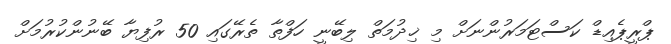
ޕްރީޕެއިޑް ކަސްޓަމަރުންނަށް މި ޚިދުމަތް ލިބޭނީ ހަފްތާ ތެރޭގައި 50 ރުފިޔާ ބޭނުންކުރުމަށް